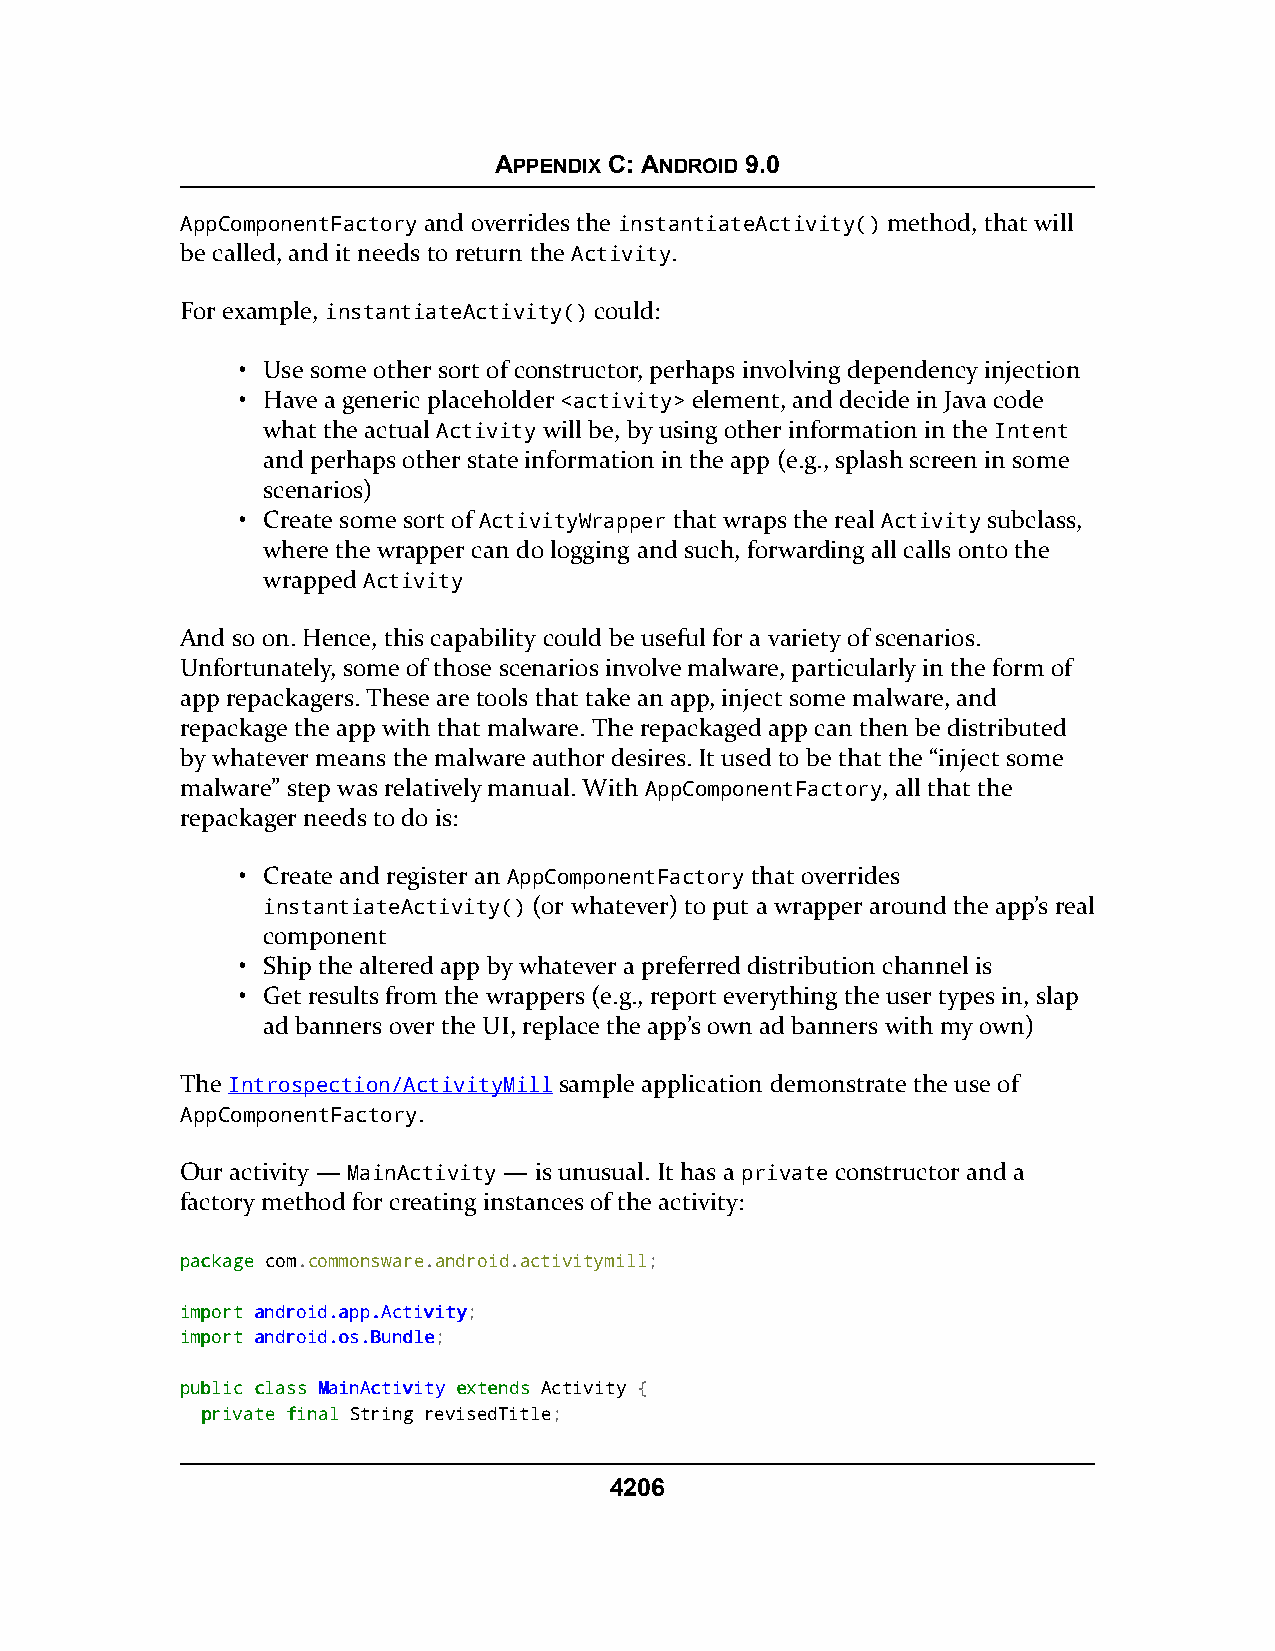
APPENDIX C: ANDROID 9.0
 AppComponentFactory and overrides the instantiateActivity() method, that will
 be called, and it needs to return the Activity.
 For example, instantiateActivity() could:
 • Use some other sort of constructor, perhaps involving dependency injection
 • Have a generic placeholder <activity> element, and decide in Java code
 what the actual Activity will be, by using other information in the Intent
 and perhaps other state information in the app (e.g., splash screen in some
 scenarios)
 • Create some sort of ActivityWrapper that wraps the real Activity subclass,
 where the wrapper can do logging and such, forwarding all calls onto the
 wrapped Activity
 And so on. Hence, this capability could be useful for a variety of scenarios.
 Unfortunately, some of those scenarios involve malware, particularly in the form of
 app repackagers. These are tools that take an app, inject some malware, and
 repackage the app with that malware. The repackaged app can then be distributed
 by whatever means the malware author desires. It used to be that the “inject some
 malware” step was relatively manual. With AppComponentFactory, all that the
 repackager needs to do is:
 • Create and register an AppComponentFactory that overrides
 instantiateActivity() (or whatever) to put a wrapper around the app’s real
 component
 • Ship the altered app by whatever a preferred distribution channel is
 • Get results from the wrappers (e.g., report everything the user types in, slap
 ad banners over the UI, replace the app’s own ad banners with my own)
 The Introspection/ActivityMill sample application demonstrate the use of
 AppComponentFactory.
 Our activity — MainActivity — is unusual. It has a private constructor and a
 factory method for creating instances of the activity:
 ppaacckkaaggee com.commonsware.android.activitymill;
 iimmppoorrtt aannddrrooiidd..aapppp..AAccttiivviittyy;
 iimmppoorrtt aannddrrooiidd..ooss..BBuunnddllee;
 ppuubblliicc ccllaassss MMaaiinnAAccttiivviittyy eexxtteennddss Activity {
 pprriivvaattee ffiinnaall String revisedTitle;
 4206